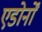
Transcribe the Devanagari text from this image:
एडोर्नों